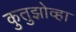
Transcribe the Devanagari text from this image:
कुतुझोव्हा